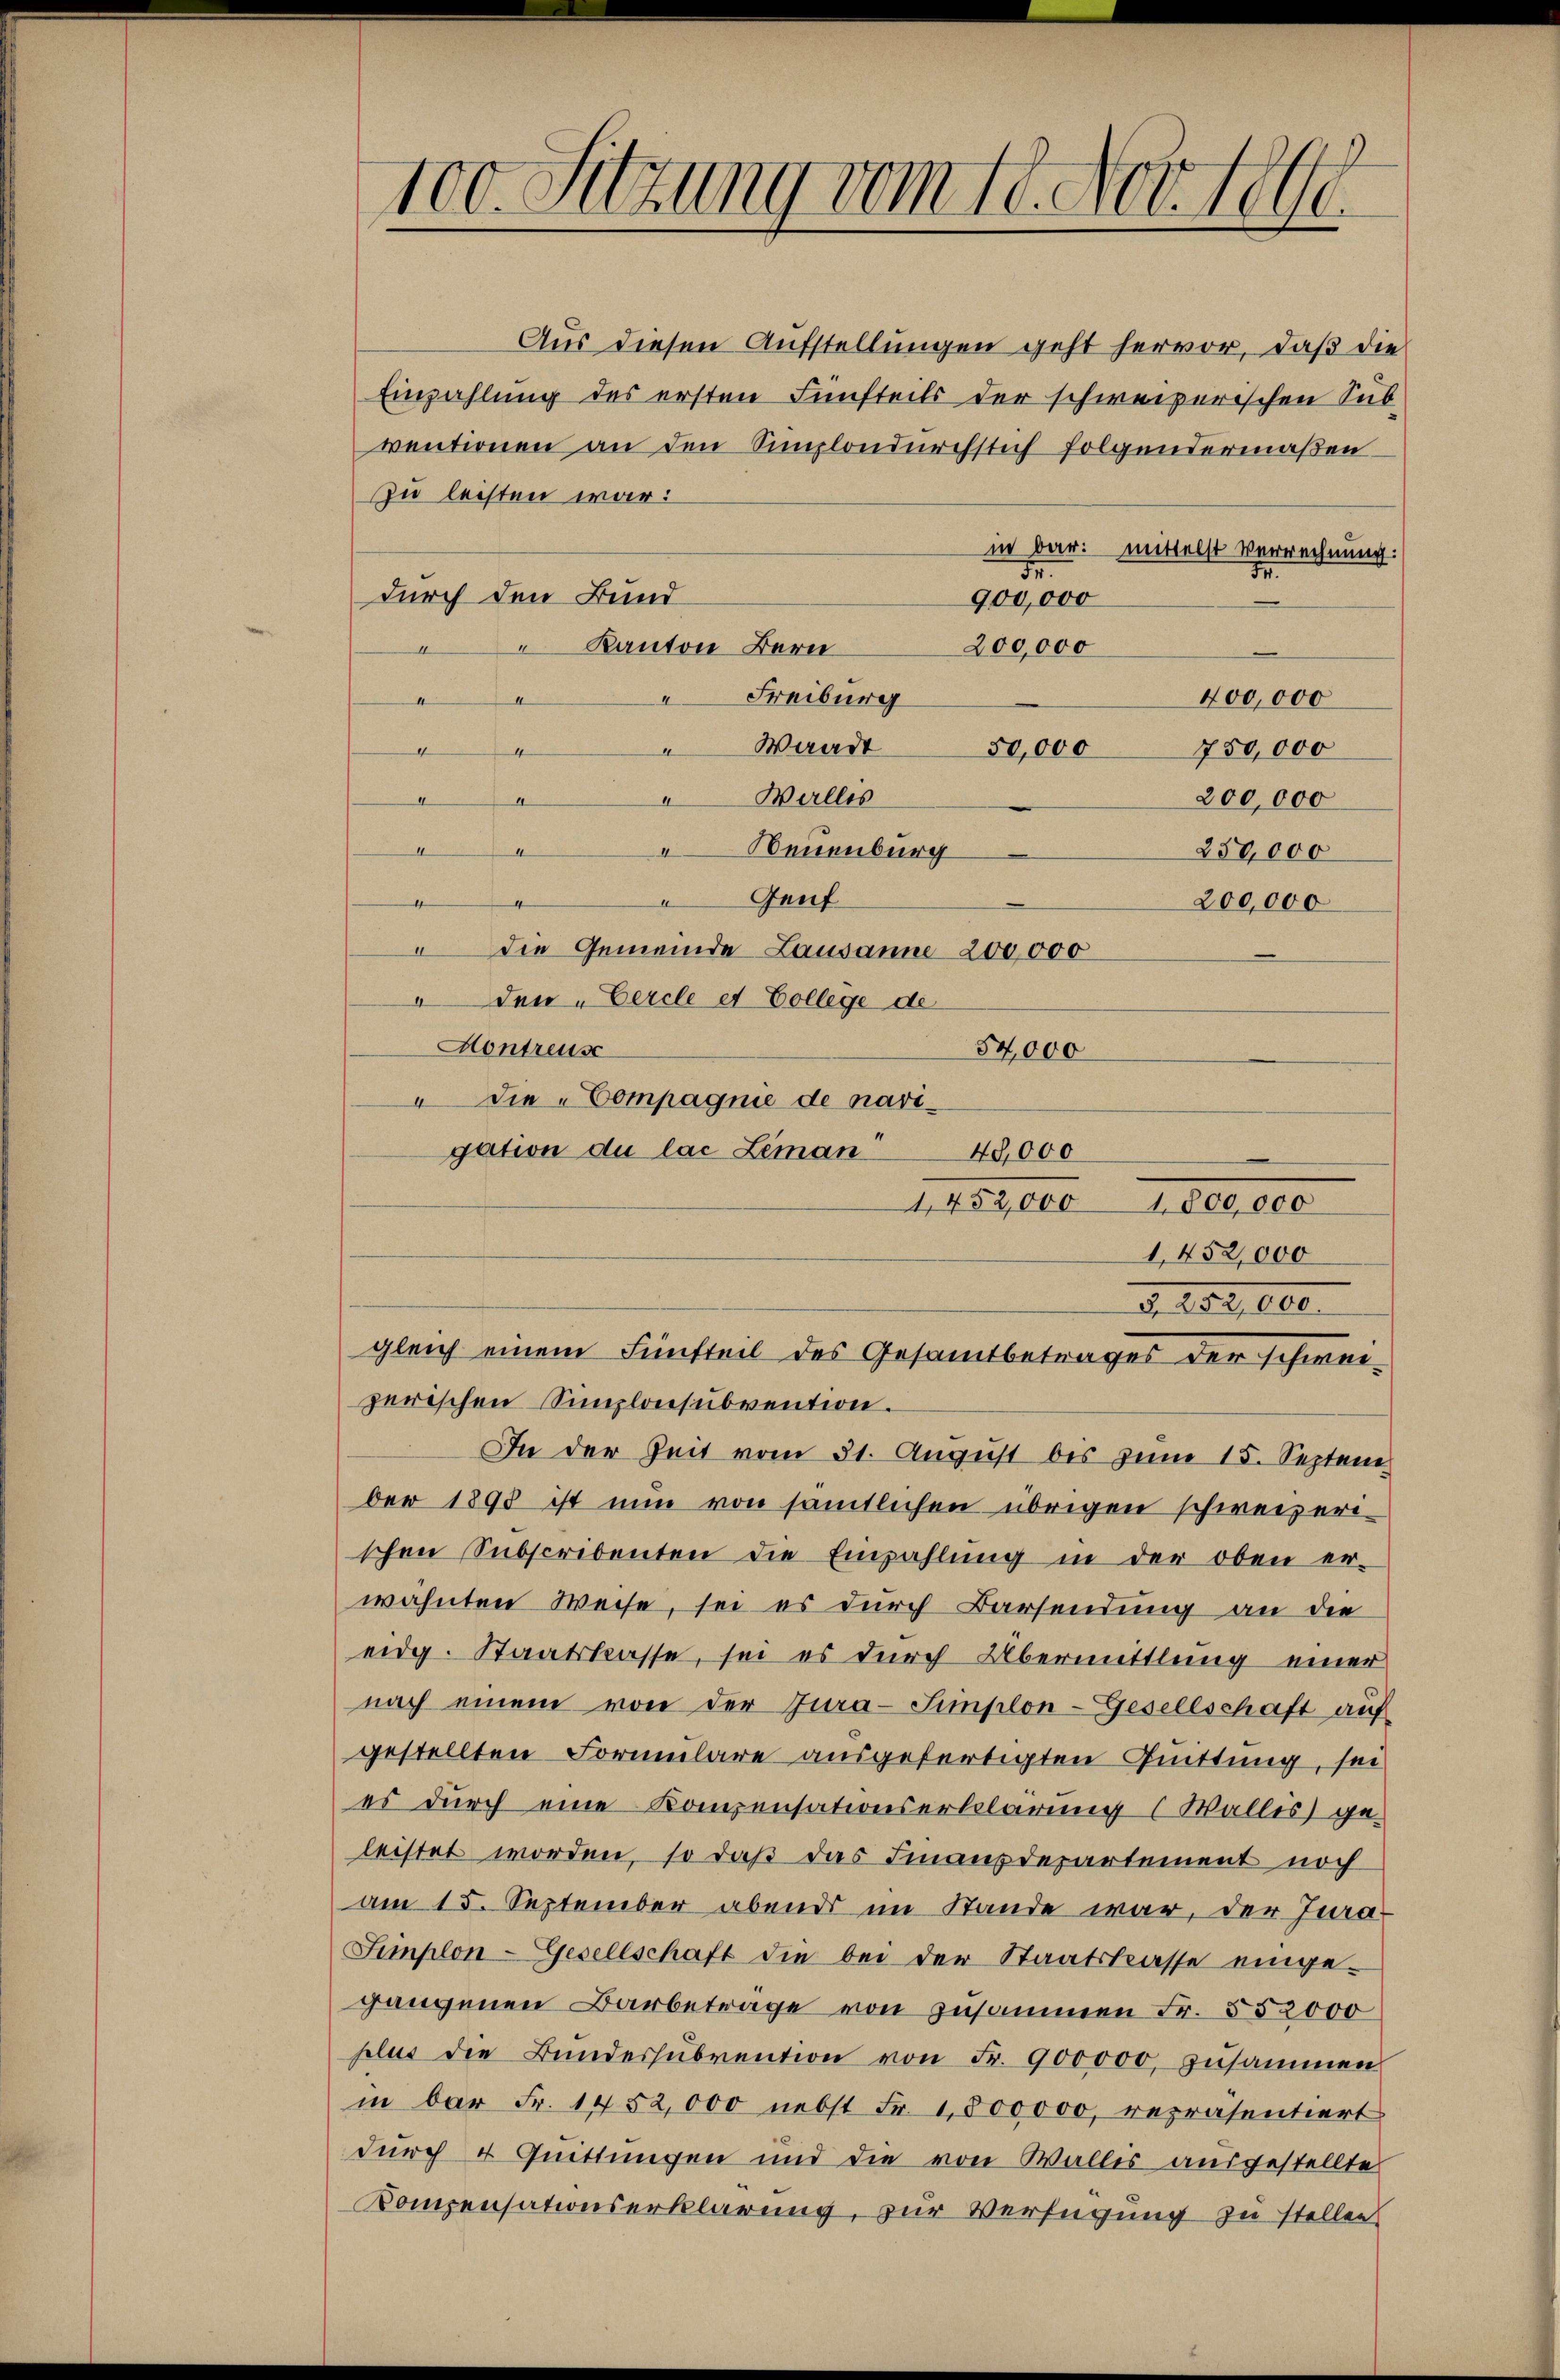
100. Sitzung vom 18. Nov. 18te

Aus diesen Aufstellungen geht hervor, daß die
Einzahlung des ersten Fünfteils der schweizerischen Sub-
ventionen an den Simplondurchstich folgendermaßen
zu leisten war:
in bar mittelst Verrechnung:
M.
durch den Bund
900,000
200,000
Kanton Bern
Freiburg
400,000
A
d
Waadt
50,000
750,000
4
4
Walles
4
A
I
200,000
4
4
 Neuenburg
Genf
t
Die Gemeinde Lausanne 200,000
" den „Vercle et College de
54,000
Montreus
 die Compagnie de navigation du las Leman
40,000
.
gleich einem Fünfteil des Gesamtbetrages der schweizerischen Simplonsubvention.
In der Zeit vom 31. August bis zum 15. Septem
ber 1898 ist nun von sämtlichen übrigen schweizeri-
schen Subscribenten die Einzahlŭng in der oben er-
wähnten Weise, sei es durch Barsendung an die
eidg. Staatskasse, sei es durch Übermittlung einer
nach einem von der Jura-Simplon-Gesellschaft auf
gestellten Formulare ausgefertigten Quittung, sei
es durch eine Kompensationserklärung ( Wallis) ge-
leistet worden, so daß das Finanzdepartement noch
am 15. September abends im Stande war, der Jura-
Simplon-Gesellschaft die bei der Staatskasse einge-
gangenen Barbetrage von zusammen Fr. 552000
plus die Bundessubvention von Fr. 900,000, zusammen
in bar Fr. 1452,000 nebst Fr. 1,800,000, repräsentiert
durch 4 Quittungen und die von Wallis ausgestellte
Kompensationserklärung, zur Verfügung zu stellen

11859, 106. 1800,000
1,452,000

250,000
200,000